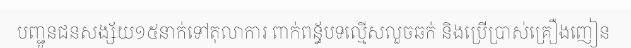
បញ្ជូនជនសង្ស័យ១៥នាក់ទៅតុលាការ ពាក់ពន្ធ័បទល្មើសលួចឆក់ និងប្រើប្រាស់គ្រឿងញៀន